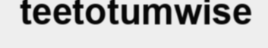
teetotumwise